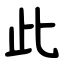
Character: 此